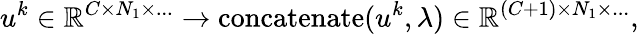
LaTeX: u^{k}\in\mathbb{R}^{C\times N_{1}\times...}\rightarrow\mathrm{concatenate}(u^{k},\lambda)\in\mathbb{R}^{(C+1)\times N_{1}\times...},